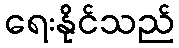
ရေးနိုင်သည်